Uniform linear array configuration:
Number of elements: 32
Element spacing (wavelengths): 0.5
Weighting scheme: exponential
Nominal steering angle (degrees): -15
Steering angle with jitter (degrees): -16.511
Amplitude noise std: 0.05
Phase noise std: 0.05

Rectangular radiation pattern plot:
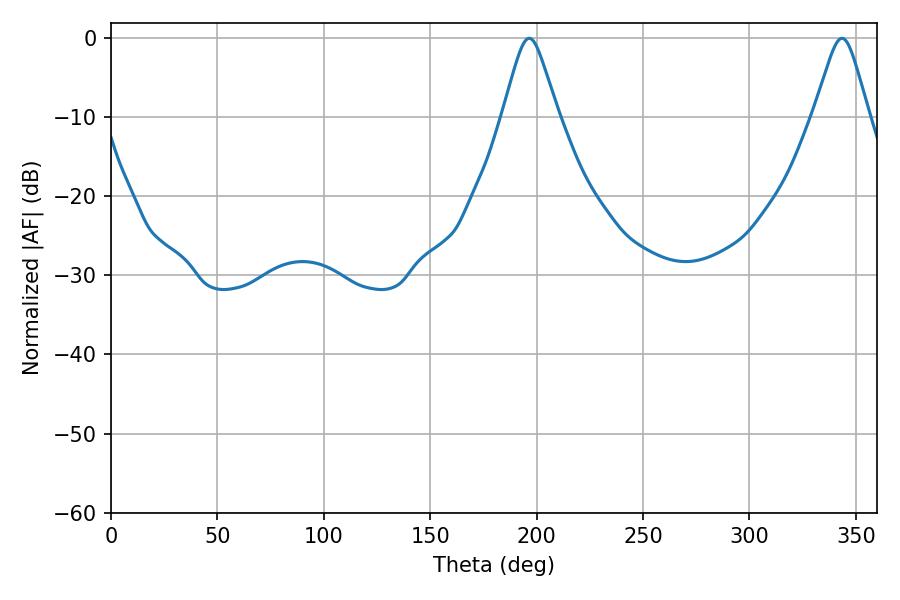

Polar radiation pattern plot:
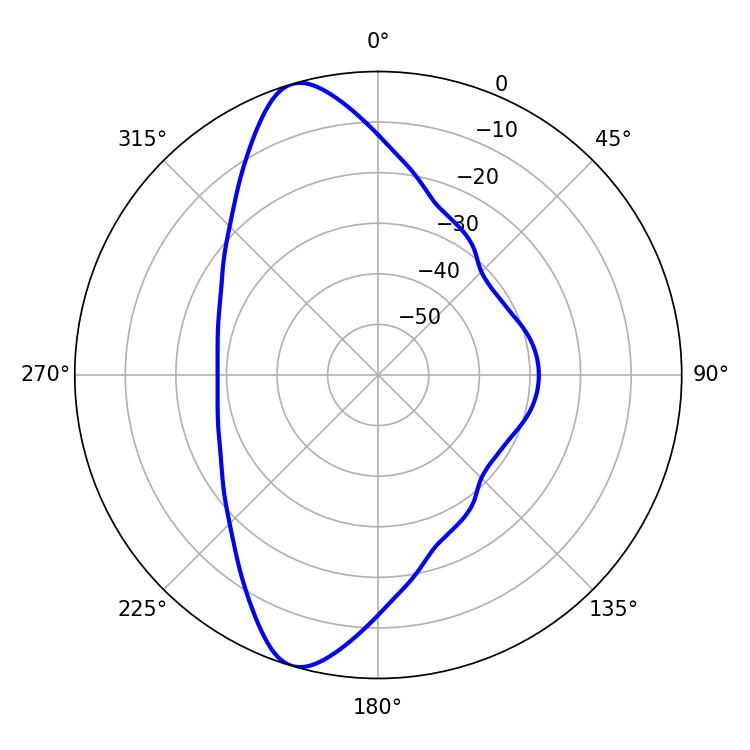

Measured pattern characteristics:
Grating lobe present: FALSE
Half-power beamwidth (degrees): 12.24
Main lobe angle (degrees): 196.56